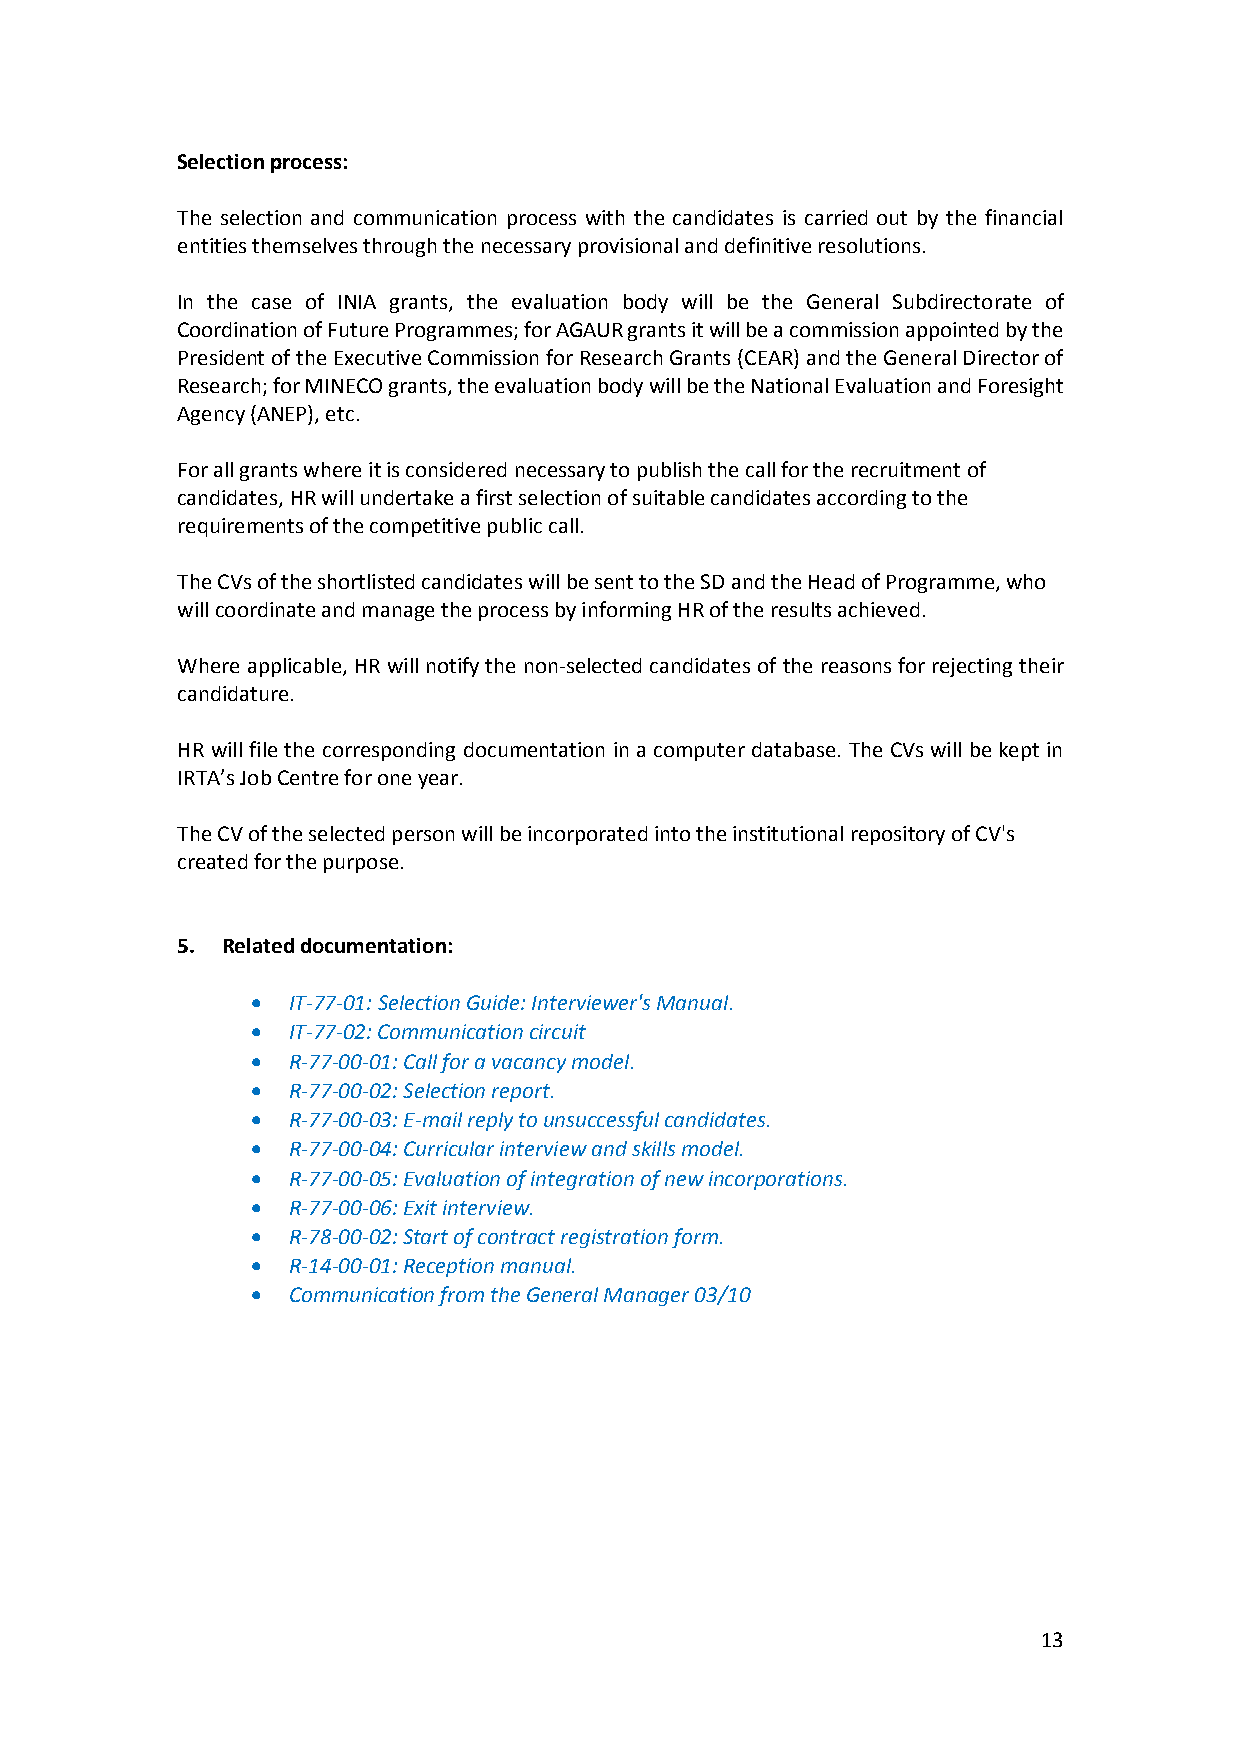
Selection process:
 The selection and communication process with the candidates is carried out by the financial
 entities themselves through the necessary provisional and definitive resolutions.
 In the case of INIA grants, the evaluation body will be the General Subdirectorate of
 Coordination of Future Programmes; for AGAUR grants it will be a commission appointed by the
 President of the Executive Commission for Research Grants (CEAR) and the General Director of
 Research; for MINECO grants, the evaluation body will be the National Evaluation and Foresight
 Agency (ANEP), etc.
 For all grants where it is considered necessary to publish the call for the recruitment of
 candidates, HR will undertake a first selection of suitable candidates according to the
 requirements of the competitive public call.
 The CVs of the shortlisted candidates will be sent to the SD and the Head of Programme, who
 will coordinate and manage the process by informing HR of the results achieved.
 Where applicable, HR will notify the non-selected candidates of the reasons for rejecting their
 candidature.
 HR will file the corresponding documentation in a computer database. The CVs will be kept in
 IRTA’s Job Centre for one year.
 The CV of the selected person will be incorporated into the institutional repository of CV's
 created for the purpose.
 5. Related documentation:
  IT-77-01: Selection Guide: Interviewer's Manual.
  IT-77-02: Communication circuit
  R-77-00-01: Call for a vacancy model.
  R-77-00-02: Selection report.
  R-77-00-03: E-mail reply to unsuccessful candidates.
  R-77-00-04: Curricular interview and skills model.
  R-77-00-05: Evaluation of integration of new incorporations.
  R-77-00-06: Exit interview.
  R-78-00-02: Start of contract registration form.
  R-14-00-01: Reception manual.
  Communication from the General Manager 03/10
 13